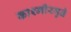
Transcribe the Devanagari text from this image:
काश्मीरमुळे